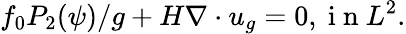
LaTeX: f_{0}P_{2}(\psi)/g+H\nabla\cdot u_{g}=0,\mathrm{~i~n~}L^{2}.